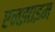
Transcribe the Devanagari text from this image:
एनझाइम